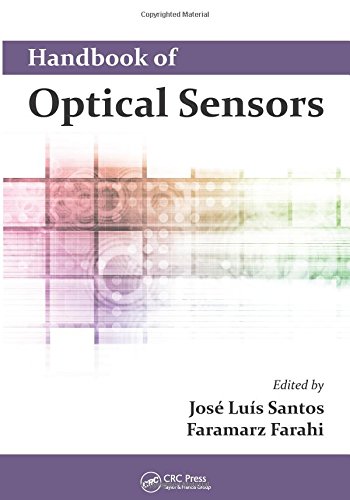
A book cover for Handbook of Optical Sensors; Science & Math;